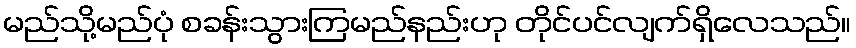
မည်သို့မည်ပုံ စခန်းသွားကြမည်နည်းဟု တိုင်ပင်လျက်ရှိလေသည်။